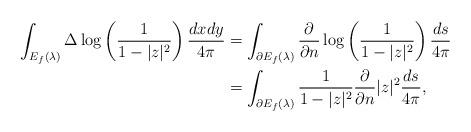
LaTeX: \begin{align*}\int_{E_f(\lambda)} \Delta \log \left(\frac 1{1-|z|^2}\right) \frac{dxdy}{4\pi} &=\int_{\partial E_f(\lambda)} \frac {\partial}{\partial n} \log \left(\frac 1{1-|z|^2}\right) \frac{ds}{4\pi} \\&= \int_{\partial E_f(\lambda)} \frac 1{1-|z|^2} \frac {\partial}{\partial n} |z|^2 \frac{ds}{4\pi},\end{align*}